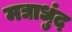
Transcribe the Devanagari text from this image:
मद्याधुंद